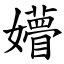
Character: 㜴